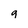
Character: g